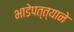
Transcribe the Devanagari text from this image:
भाडेपत्त्याने